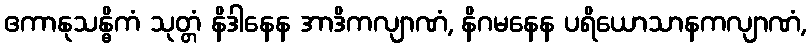
ဧကာနုသန္ဓိကံ သုတ္တံ နိဒါနေန အာဒိကလျာဏံ, နိဂမနေန ပရိယောသာနကလျာဏံ,